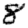
Digit: 8